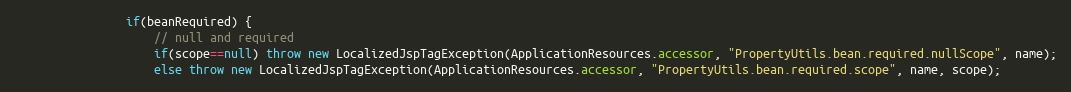
Language: Java
				if(beanRequired) {
					// null and required
					if(scope==null) throw new LocalizedJspTagException(ApplicationResources.accessor, "PropertyUtils.bean.required.nullScope", name);
					else throw new LocalizedJspTagException(ApplicationResources.accessor, "PropertyUtils.bean.required.scope", name, scope);